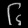
Digit: ၆